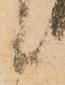
候